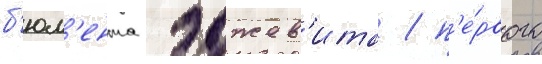
б'юл'ента эджев'ита / п'е́рвого